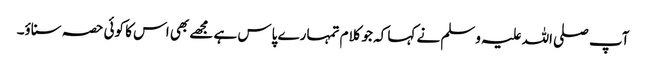
آپ صلی اللہ علیہ وسلم نے کہا کہ جو کلام تمہارے پاس ہے مجھے بھی اس کا کوئی حصہ سناؤ۔